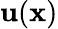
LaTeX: \mathbf{u}(\mathbf{{x}})